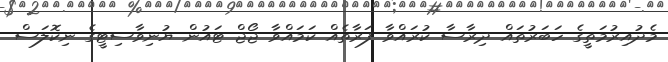
މެދުއިރުމަތީގެ ހަބަރުތައް ދިރާސާ ކުރައްވާ ފަރާތެއް ކަމައްވާ ޖޯޖް ޓައުން ޔުނިވާސިޓީގެ ނިކޮލަސް